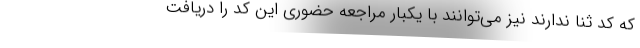
که کد ثنا ندارند نیز می‌توانند با یکبار مراجعه حضوری این کد را دریافت